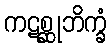
ကဋစ္ဆုဘိက္ခံ